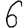
Digit: 6